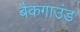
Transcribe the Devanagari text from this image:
बैकगाउंड